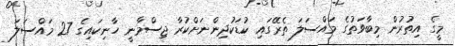
މީގެ އިތުރުން މިބާވަތުގެ މައްސަލަ ތެރޭގައި ކުޑަކުދިންނަށްކުރާ ޖިސްމާނީ ހާނިކައިގެ 27 މައްސަލަ